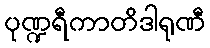
ပုဏ္ဍရီကာတိဒါရုဏီ